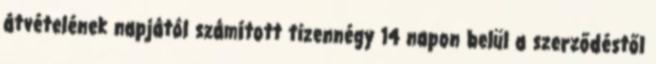
átvételének napjától számított tizennégy 14 napon belül a szerződéstől